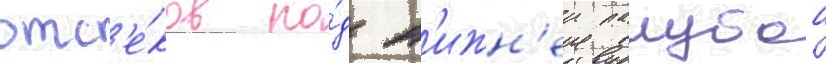
отс'е́ков по́д н'ижн'еи палубои